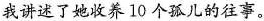
我讲述了她收养10个孤儿的往事。